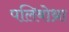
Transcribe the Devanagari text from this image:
पलिबोथ्रा